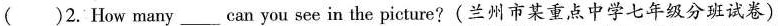
( )2.How many ___ can you see in the picture?(兰州市某重点中学七年级分班试卷)